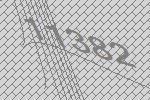
11382